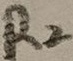
Text: R2